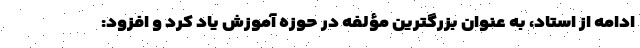
ادامه از استاد، به عنوان بزرگترین مؤلفه در حوزه آموزش یاد کرد و افزود: